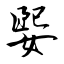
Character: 媐